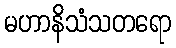
မဟာနိသံသတရော